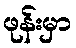
ဖုန်းမှာ